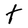
Character: t